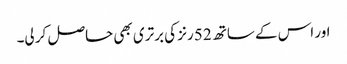
اور اس کے ساتھ 52 رنز کی برتری بھی حاصل کر لی۔